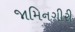
જામિનગીરી